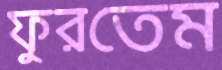
ফুরতেম